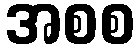
အစစ